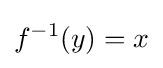
{f}^{-1}(y)=x